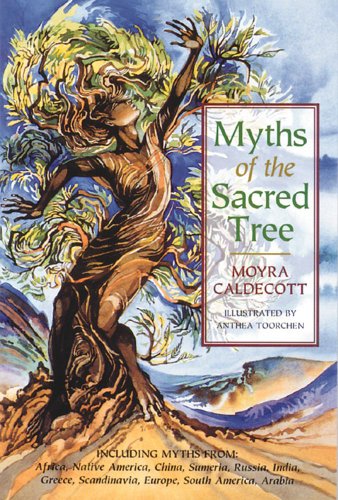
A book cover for Myths of the Sacred Tree; Moyra Caldecott; Literature & Fiction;